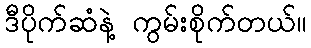
ဒီပိုက်ဆံနဲ့ ကွမ်းစိုက်တယ်။